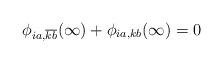
LaTeX: \begin{align*}\phi _{ia,\overline{k}\overline{b}}(\infty )+\phi _{ia,kb}(\infty )=0\end{align*}